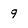
Character: 9